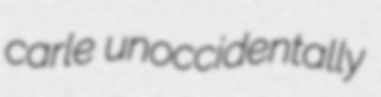
carle unoccidentally